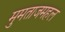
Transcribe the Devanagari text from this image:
मुमताजमहल